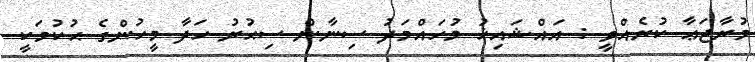
މުރާޖަޢާ ކުރެއްވީ : އައްޝައިޚު މުހައްމަދު ސިނާން ސިޙުރު ހަދާ މީހުންގެ ޙުކުމަކީ